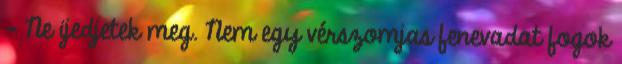
- Ne ijedjetek meg. Nem egy vérszomjas fenevadat fogok